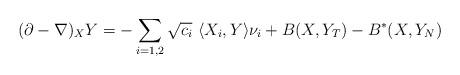
LaTeX: \begin{align*}(\partial-\nabla)_XY= -\sum_{i=1,2}\sqrt{c_i}\ \langle X_i , Y \rangle \nu_i +B(X,Y_T)-B^*(X,Y_N)\end{align*}